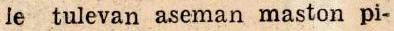
le tulevan aseman maston pi-